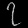
Digit: ၇